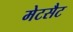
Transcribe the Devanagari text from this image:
मेटसैट